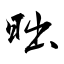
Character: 昢